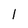
Character: l